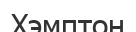
Хэмптон